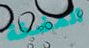
المضخة